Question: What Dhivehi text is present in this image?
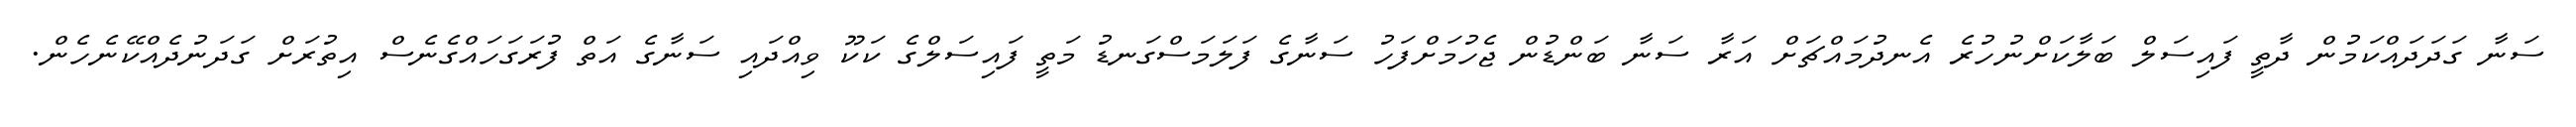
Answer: ސަނާ ގަދަދައްކަމުން ދާތީ ފައިސަލް ބަލާކަށްނުހުރެ އެނދުމައްޗަށް އަރާ ސަނާ ބަންޑުން ޖެހުމަށްފަހު ސަނާގެ ފަލަމަސްގަނޑު މަތީ ފައިސަލްގެ ކަކޫ ވިއްދައި ސަނާގެ އަތް ފުރަގަހައްގެނެސް އިތުރަށް ގަދަނުދެއްކޭނެހެން.